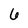
Character: 6